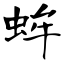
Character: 蛑